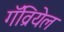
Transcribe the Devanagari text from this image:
गॅव्रियेल